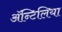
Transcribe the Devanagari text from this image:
अॅन्टिलिया